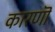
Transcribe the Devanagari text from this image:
कारणॊ